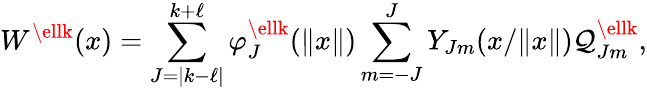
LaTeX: {W}^{\ellk}({x})=\sum_{J=|k-\ell|}^{k+\ell}\varphi_{J}^{\ellk}(\| {x}\| )\sum_{m=-J}^{J}Y_{Jm}({x}/\| {x}\| ){\mathcal{Q}}_{Jm}^{\ellk},